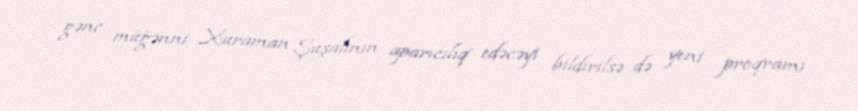
gənc müğənni Xuraman Şuşalının aparıcılıq edəcəyi bildirilsə də yeni proqramı